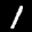
Label: 1